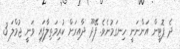
ދެ ޕޮޓީން އަންނަނީ ހިނގަމުނެވެ. ފޭދޫ ދާއިރަށް ކުރިމަތިލާފައި ވަނީ ޖުމްލަ 3